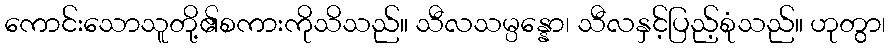
ကောင်းသောသူတို့၏စကားကိုသိသည်။ သီလသမ္ပန္နော၊ သီလနှင့်ပြည့်စုံသည်။ ဟုတွာ၊